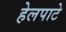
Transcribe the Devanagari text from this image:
हेलपाटे